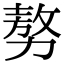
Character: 𠢕